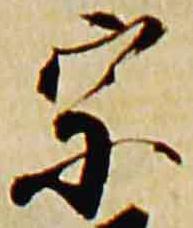
宗